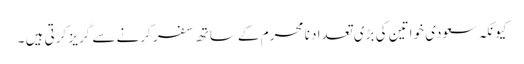
کیونکہ سعودی خواتین کی بڑی تعداد نا محرم کے ساتھ سفر کرنے سے گریز کرتی ہیں ۔